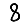
Digit: 8